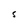
Character: S